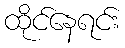
ထိုင်နေရင်း